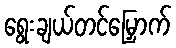
ရွေးချယ်တင်မြှောက်